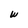
Character: W